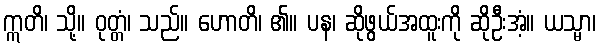
ဣတိ၊ သို့။ ဝုတ္တံ၊ သည်။ ဟောတိ၊ ၏။ ပန၊ ဆိုဖွယ်အထူးကို ဆိုဦးအံ့။ ယသ္မာ၊